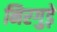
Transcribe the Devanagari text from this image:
निरगुड़े